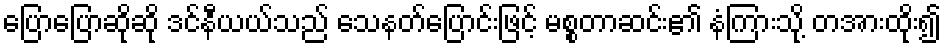
ပြောပြောဆိုဆို ဒင်နီယယ်သည် သေနတ်ပြောင်းဖြင့် မစ္စတာဆင်း၏ နံကြားသို့ တအားထိုး၍